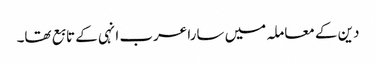
دین کے معاملہ میں سارا عرب انہی کے تابع تھا۔